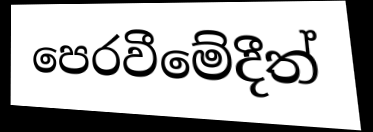
පෙරවීමේදීත්